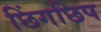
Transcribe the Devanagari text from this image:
छिंगछिप